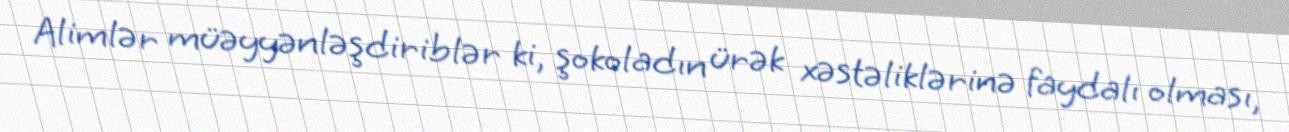
Alimlər müəyyənləşdiriblər ki, şokoladın ürək xəstəliklərinə faydalı olması,